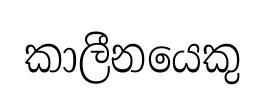
කාලීනයෙකු